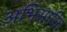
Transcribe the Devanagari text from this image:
अभिसारित